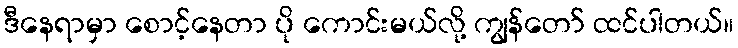
ဒီနေရာမှာ စောင့်နေတာ ပို ကောင်းမယ်လို့ ကျွန်တော် ထင်ပါတယ်။